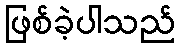
ဖြစ်ခဲ့ပါသည်